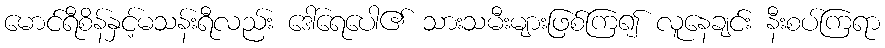
မောင်ရီစိန်နှင့်မသန်းရီလည်း ဒေါ်ရေပေါ၏ သားသမီးများဖြစ်ကြ၍ လူနေချင်း နီးစပ်ကြရာ